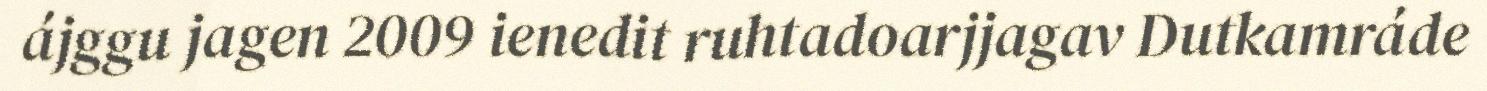
ájggu jagen 2009 ienedit ruhtadoarjjagav Dutkamráde